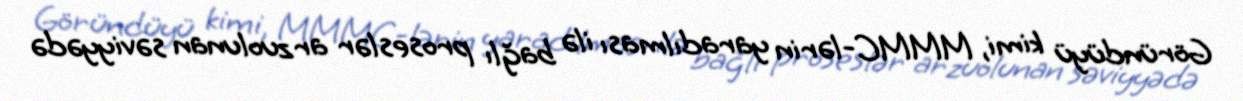
Göründüyü kimi, MMMC-lərin yaradılması ilə bağlı proseslər arzuolunan səviyyədə